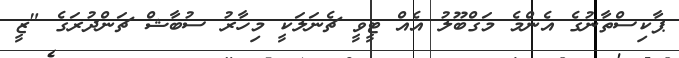
ޕާކިސްތާނުގެ އެންމެ މަގްބޫލު އެއް ޓީވީ ޗެނަލަކީ މިހާރު ސުބާޝް ޗަންދުރަގެ "ޒީ